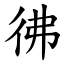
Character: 彿